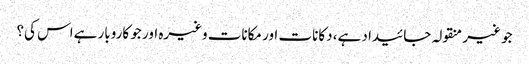
جو غیر منقولہ جائیداد ہے، دکانات اور مکانات وغیرہ اور جو کاروبار ہےاس کی؟